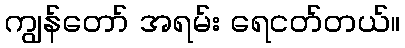
ကျွန်တော် အရမ်း ရေငတ်တယ်။